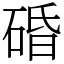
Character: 碈